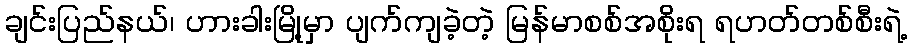
ချင်းပြည်နယ်၊ ဟားခါးမြို့မှာ ပျက်ကျခဲ့တဲ့ မြန်မာစစ်အစိုးရ ရဟတ်တစ်စီးရဲ့